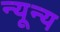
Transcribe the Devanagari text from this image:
न्यून्य